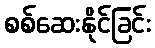
စစ်ဆေးနိုင်ခြင်း